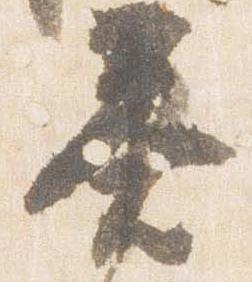
答